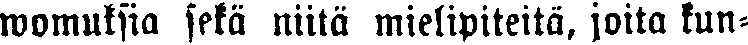
womuksia sekä niitä mielipiteitä, joita kun-